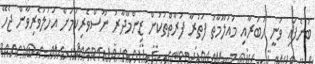
ބުނެފައި ވަނީ ހަބަރާއި މައުލޫމާތު ފަތުރާ ފަރާތްތަކުން ޒިންމާދާރު ނޫސްވެރިކަމަށް އަހުލުވެރިވާން ޖެހޭ